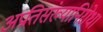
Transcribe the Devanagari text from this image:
अप्रतिसंख्यानिरोध।